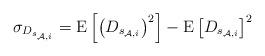
LaTeX: \begin{align*} \sigma_{D_{s_{{\mathcal{A}},i} } } = {\rm E}\left[ {\left( D_{s_{{\mathcal{A}},i} } \right)^2 } \right] - {\rm E}\left[ D_{s_{{\mathcal{A}},i} } \right]^2 \\\end{align*}